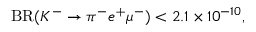
\mathrm { B R } ( K ^ { - } \rightarrow \pi ^ { - } e ^ { + } \mu ^ { - } ) < 2 . 1 \times 1 0 ^ { - 1 0 } ,